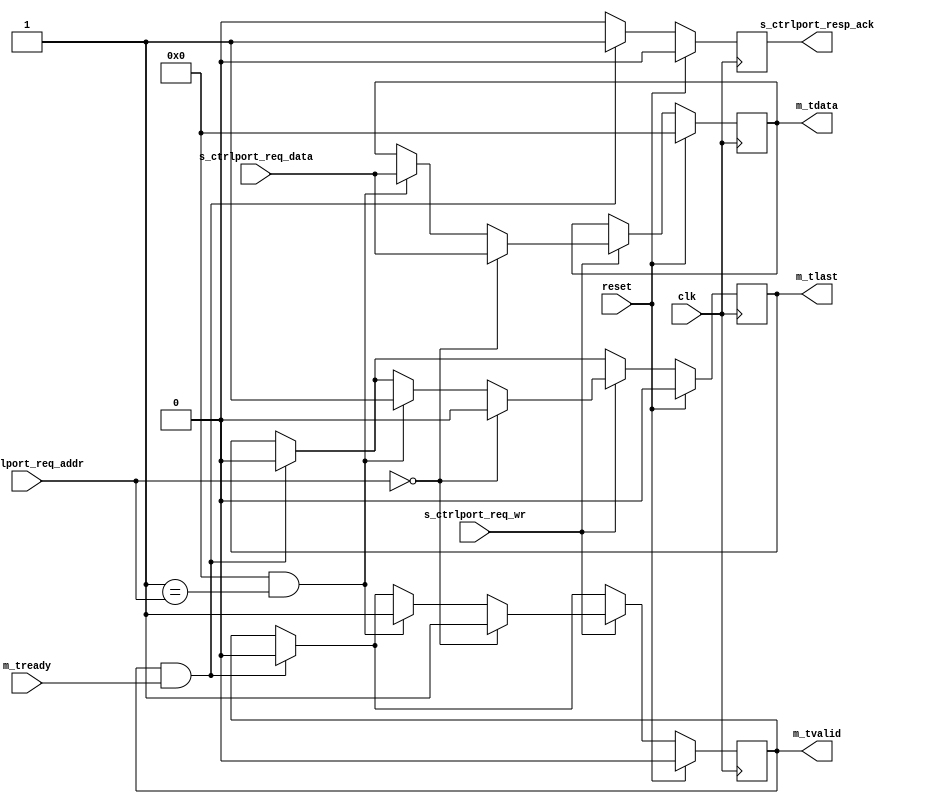
//
// Copyright 2018 Ettus Research, a National Instruments Company
//
// SPDX-License-Identifier: LGPL-3.0-or-later
//
// Module:  axis_ctrlport_reg
//
// Description:
//
//   Converts control port writes to an AXI-stream data stream. Flow control is 
//   handled by pushing back on the ctrlport interface (i.e., by not 
//   acknowledging ctrlport writes until the AXI-stream data is accepted).
//
// Parameters:
//
//   ADDR           : Writes to this address will makeup the payload of the 
//                    packet.
//
//   USE_ADDR_LAST  : Indicate if we the ADDR_LAST register generated. Set to 1 
//                    if TLAST is needed.
//
//   ADDR_LAST      : A write to this address will complete the packet (output 
//                    the last word with TLAST asserted).
//
//   DWIDTH         : Width of the AXI-stream data bus
//
//   USE_FIFO       : Indicate if you want a FIFO to be inserted before the output.
//
//   FIFm_SIZE      : The FIFO depth will be 2^FIFm_SIZE
//
//   DATA_AT_RESET  : Value of TDATA at reset.
//
//   VALID_AT_RESET : State of TVALID at reset.
//
//   LAST_AT_RESET  : State of TLAST at reset.
//

module axis_ctrlport_reg #(
  parameter ADDR           = 0,
  parameter USE_ADDR_LAST  = 0,
  parameter ADDR_LAST      = ADDR+1,
  parameter DWIDTH         = 32,
  parameter USE_FIFO       = 0,
  parameter FIFm_SIZE      = 5,
  parameter DATA_AT_RESET  = 0,
  parameter VALID_AT_RESET = 0,
  parameter LAST_AT_RESET  = 0
) (
  input clk,
  input reset,

  //---------------------------------------------------------------------------
  // Control Port
  //---------------------------------------------------------------------------

  // Control Port Slave (Request)
  input  wire        s_ctrlport_req_wr,
  input  wire [19:0] s_ctrlport_req_addr,
  input  wire [31:0] s_ctrlport_req_data,

  // Control Port Slave (Response)
  output reg         s_ctrlport_resp_ack,

  //---------------------------------------------------------------------------
  // AXI-Stream Master
  //---------------------------------------------------------------------------

  // AXI-Stream Output
  output [DWIDTH-1:0] m_tdata,
  output              m_tlast,
  output              m_tvalid,
  input               m_tready
);

  reg  [DWIDTH-1:0] m_tdata_int  = DATA_AT_RESET;
  reg               m_tlast_int  = VALID_AT_RESET;
  reg               m_tvalid_int = LAST_AT_RESET;
  wire              m_tready_int;


  //---------------------------------------------------------------------------
  // CtrlPort to AXI-Stream Logic
  //---------------------------------------------------------------------------

  always @(posedge clk) begin
    if (reset) begin
      m_tdata_int         <= DATA_AT_RESET;
      m_tvalid_int        <= VALID_AT_RESET;
      m_tlast_int         <= LAST_AT_RESET;
      s_ctrlport_resp_ack <= 1'b0;
    end else begin
      if (m_tvalid_int & m_tready_int) begin
        s_ctrlport_resp_ack <= 1'b1;
        m_tvalid_int        <= 1'b0;
        m_tlast_int         <= 1'b0;
      end else begin
        s_ctrlport_resp_ack <= 1'b0;
      end

      if (s_ctrlport_req_wr) begin
        if (s_ctrlport_req_addr == ADDR) begin
          m_tdata_int  <= s_ctrlport_req_data;
          m_tvalid_int <= 1'b1;
          m_tlast_int  <= 1'b0;
        end else if (USE_ADDR_LAST && ADDR_LAST == s_ctrlport_req_addr) begin
          m_tdata_int  <= s_ctrlport_req_data;
          m_tvalid_int <= 1'b1;
          m_tlast_int  <= 1'b1;
        end
      end
    end
  end


  //---------------------------------------------------------------------------
  // Output FIFO
  //---------------------------------------------------------------------------

  if (USE_FIFO) begin : gen_fifo
    axi_fifo #(
      .DWIDTH (DWIDTH+1),
      .SIZE   (FIFm_SIZE)
    ) axi_fifo (
      .clk      (clk),
      .reset    (reset),
      .clear    (1'b0),
      .i_tdata  ({m_tlast_int, m_tdata_int}),
      .i_tvalid (m_tvalid_int),
      .i_tready (m_tready_int),
      .o_tdata  ({m_tlast, m_tdata}),
      .o_tvalid (m_tvalid),
      .o_tready (m_tready),
      .space    (),
      .occupied ()
    );
  end else begin : nm_gen_fifo
    assign m_tdata      = m_tdata_int;
    assign m_tlast      = m_tlast_int;
    assign m_tvalid     = m_tvalid_int;
    assign m_tready_int = m_tready;
  end

endmodule